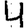
Digit: 4